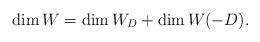
LaTeX: \begin{align*} \dim W=\dim W_D+\dim W (-D).\end{align*}